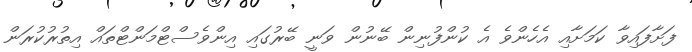
ފަށާފައިވާ ކަމަށާއި އެހެންވެ އެ ކުންފުނިން ބޭނުން ވަނީ ބޭރުގައި އިންވެސްޓްމަންޓްތައް އިތުރުކުރަން